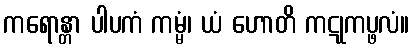
ကရောန္တာ ပါပကံ ကမ္မံ၊ ယံ ဟောတိ ကဋုကပ္ဖလံ။